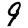
Digit: 9